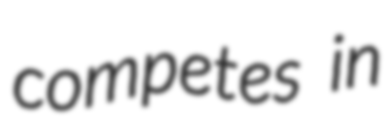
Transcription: competes in